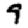
Digit: 9